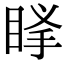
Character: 𥆶